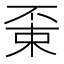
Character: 𠁃